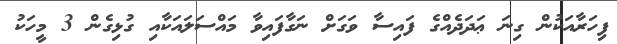
ފިހަރާއަކުން ގިނަ ޢަދަދެއްގެ ފައިސާ ވަގަށް ނަގާފައިވާ މައްސަލައަކާއި ގުޅިގެން 3 މީހަކު